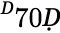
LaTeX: ^Ḋ70Ḍ